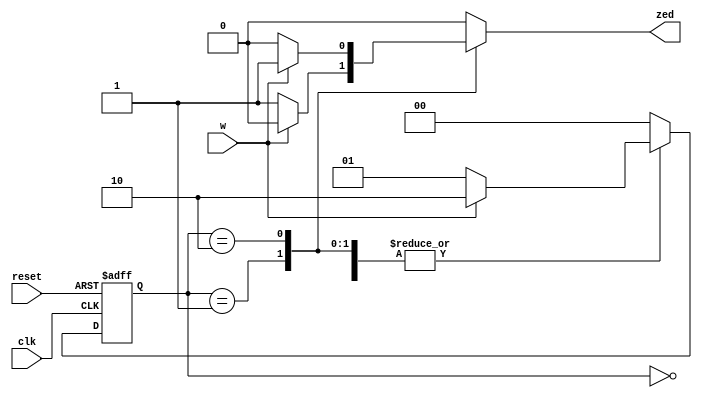
`timescale 1ns / 1ps
//////////////////////////////////////////////////////////////////////////////////
// Company: 
// Engineer: 
// 
// Design Name: 
// Module Name: mealy
// Project Name: 
// Target Devices: 
// Tool Versions: 
// Description: 
// 
// Dependencies: 
// 
// Revision:
// Revision 0.01 - File Created
// Additional Comments:
// 
//////////////////////////////////////////////////////////////////////////////////


module mealy
    (
        input       clk,
        input       reset,
        input       w,
        output reg  zed
    );


    parameter [1:0] A = 0,
                    B = 1,
                    C = 2;

    reg [1:0] state, next_state;

    always @(posedge clk, posedge reset) begin
        if (reset)
            state <= A;
        else
            state <= next_state;
    end

    always @(*) begin
        zed = 0;
        case (state)
            A:
                if (w)  next_state = C; 
                else    next_state = B;
            B:
                if (w)  next_state = C;     
                else begin
                        next_state = B;
                        zed = 1;
                end
            C: 
                if (w) begin
                        next_state = C;     
                        zed = 1;
                end
                else    next_state = B;
            default: 
                        next_state = A;
        endcase
    end

endmodule